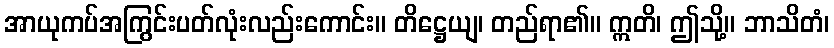
အာယုကပ်အကြွင်းပတ်လုံးလည်းကောင်း။ တိဋ္ဌေယျ၊ တည်ရာ၏။ ဣတိ၊ ဤသို့။ ဘာသိတံ၊